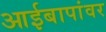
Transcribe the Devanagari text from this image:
आईबापांवर